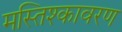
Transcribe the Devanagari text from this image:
मस्तिश्कावरण